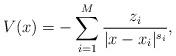
LaTeX: \begin{align*}V(x)=-\sum_{i=1}^{M}\frac{z_{i}}{|x-x_i|^{s_{i}}},\end{align*}